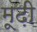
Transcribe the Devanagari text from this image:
मूढ़ी